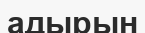
адырын